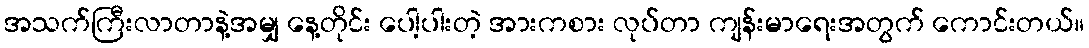
အသက်ကြီးလာတာနဲ့အမျှ နေ့တိုင်း ပေါ့ပါးတဲ့ အားကစား လုပ်တာ ကျန်းမာရေးအတွက် ကောင်းတယ်။